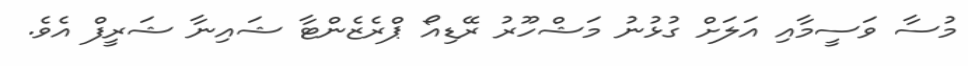
މުސާ ވަސީމާއި އަލަށް ގުޅުނު މަޝްހޫރު ރޭޑިއޯ ޕްރެޒެންޓާ ޝައިނާ ޝަރީފް އެވެ.